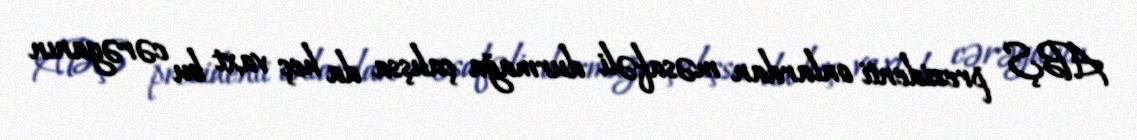
ABŞ prezidenti onlardan məsafəli durmağa çalışsa da heç vaxt bu cərəyanın